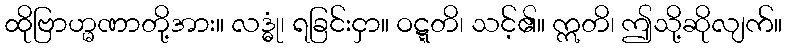
ထိုဗြာဟ္မဏာတို့အား။ လဒ္ဓုံ၊ ရခြင်းငှာ။ ဝဋ္ဋတိ၊ သင့်၏။ ဣတိ၊ ဤသို့ဆိုလျက်။